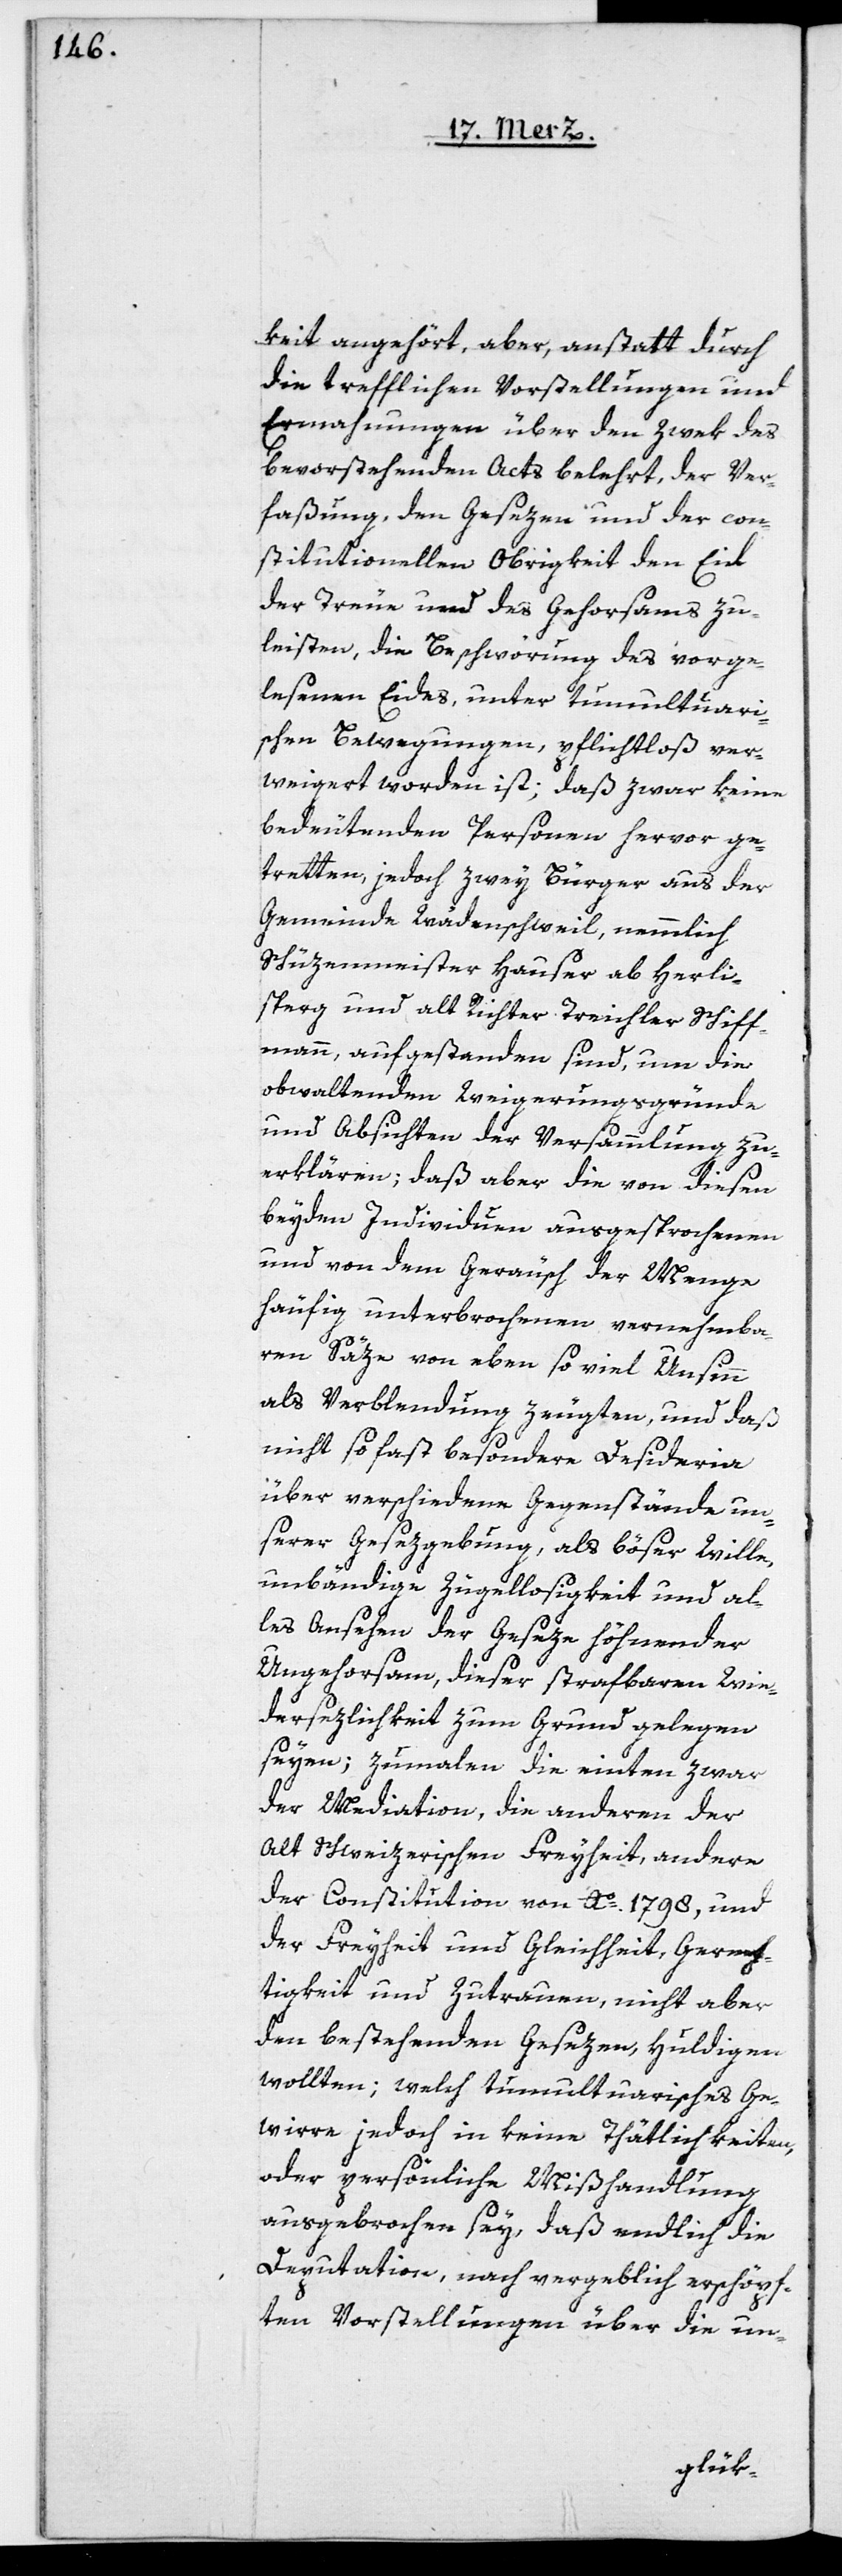
keit angehört, aber, anstatt durch
die trefflichen Vorstellungen und
Ermahnungen über den Zwek des
bevorstehenden Acts belehrt, der Ver¬
faßung, den Gesezen und der con¬
stitutionellen Obrigkeit den Eid
der Treue und des Gehorsams zu
leisten, die Beschwörung des vorge¬
lesenen Eides, unter tumultuari¬
schen Bewegungen, pflichtloß ver¬
weigert worden ist; daß zwar keine
bedeutenden Personen hervor ge¬
tretten, jedoch zwey Bürger aus der
Gemeinde Wädenschweil, nemmlich
Schüzenmeister Hauser ab Herli¬
sperg und alt Richter Treichler Schiff¬
mann, aufgestanden sind, um die
obwaltenden Weigerunsgründe
und Absichten der Versammlung zu
erklären, daß aber die von diesen
beyden Individuen ausgesprochenen
und von dem Geräusch der Menge
häufig unterbrochenen vernehmba¬
ren Säze von eben so viel Unsinn
als Verblendung zeugten, und daß
nicht so fast besondere Desideria
über verschiedene Gegenstände un¬
serer Gesezgebung, als böser Wille,
unbändige Zügellosigkeit und al¬
les Ansehen der Geseze höhnender
Ungehorsam, dieser strafbaren Wie¬
dersezlichkeit zum Grund gelegen
seyen; zumalen die einten zwar
der Mediation, die anderen der
Alt Schweizerischen Freyheit, andere
der Constitution von Ao. 1798, und
der Freyheit und Gleichheit, Gerech¬
tigkeit und Zutrauen, nicht aber
den bestehenden Gesezen huldigen
wollten; welch tumultuarisches Ge¬
wirre jedoch in keine Thätlichkeiten,
oder persönliche Mißhandlung
ausgebrochen sey, daß endlich die
Deputation, nach vergeblich erschöpf¬
ten Vorstellungen über die un-